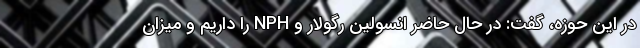
در این حوزه، گفت: در حال حاضر انسولین رگولار و NPH را داریم و میزان